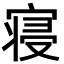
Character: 寝